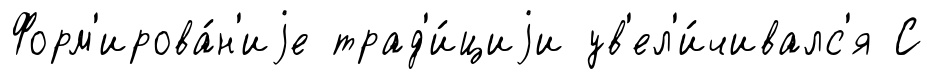
Форм'ирова́н'иjе трад'и́циjи ув'ел'и́чивалс'я С